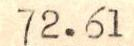
72.61